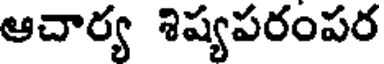
ఆచార్య శిష్యపరంపర